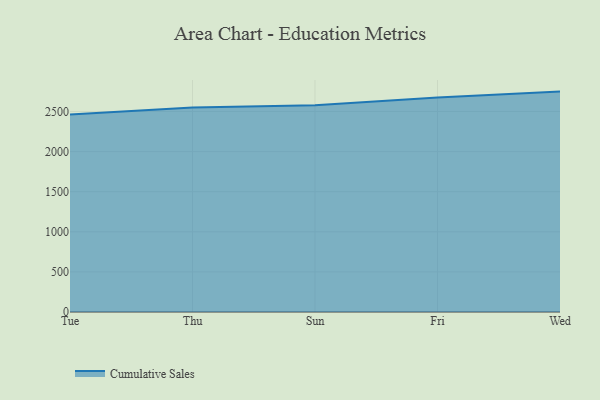
{"axis": {"x": "Day", "y": "Waste Production (Tons)"}, "legend": ["Cumulative Sales"], "data": [{"x": "Tue", "y": 2462.5, "type": "Cumulative Sales"}, {"x": "Thu", "y": 2549.1, "type": "Cumulative Sales"}, {"x": "Sun", "y": 2576.7, "type": "Cumulative Sales"}, {"x": "Fri", "y": 2673.2, "type": "Cumulative Sales"}, {"x": "Wed", "y": 2747.9, "type": "Cumulative Sales"}]}